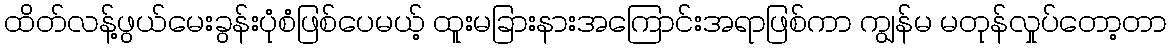
ထိတ်လန့်ဖွယ်မေးခွန်းပုံစံဖြစ်ပေမယ့် ထူးမခြားနားအကြောင်းအရာဖြစ်ကာ ကျွန်မ မတုန်လှုပ်တော့တာ